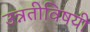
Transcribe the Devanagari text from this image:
उन्नतीविषयी